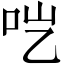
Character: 𱒉